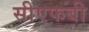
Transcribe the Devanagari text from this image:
सीएफबी